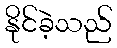
နိုင်ခဲ့သည်